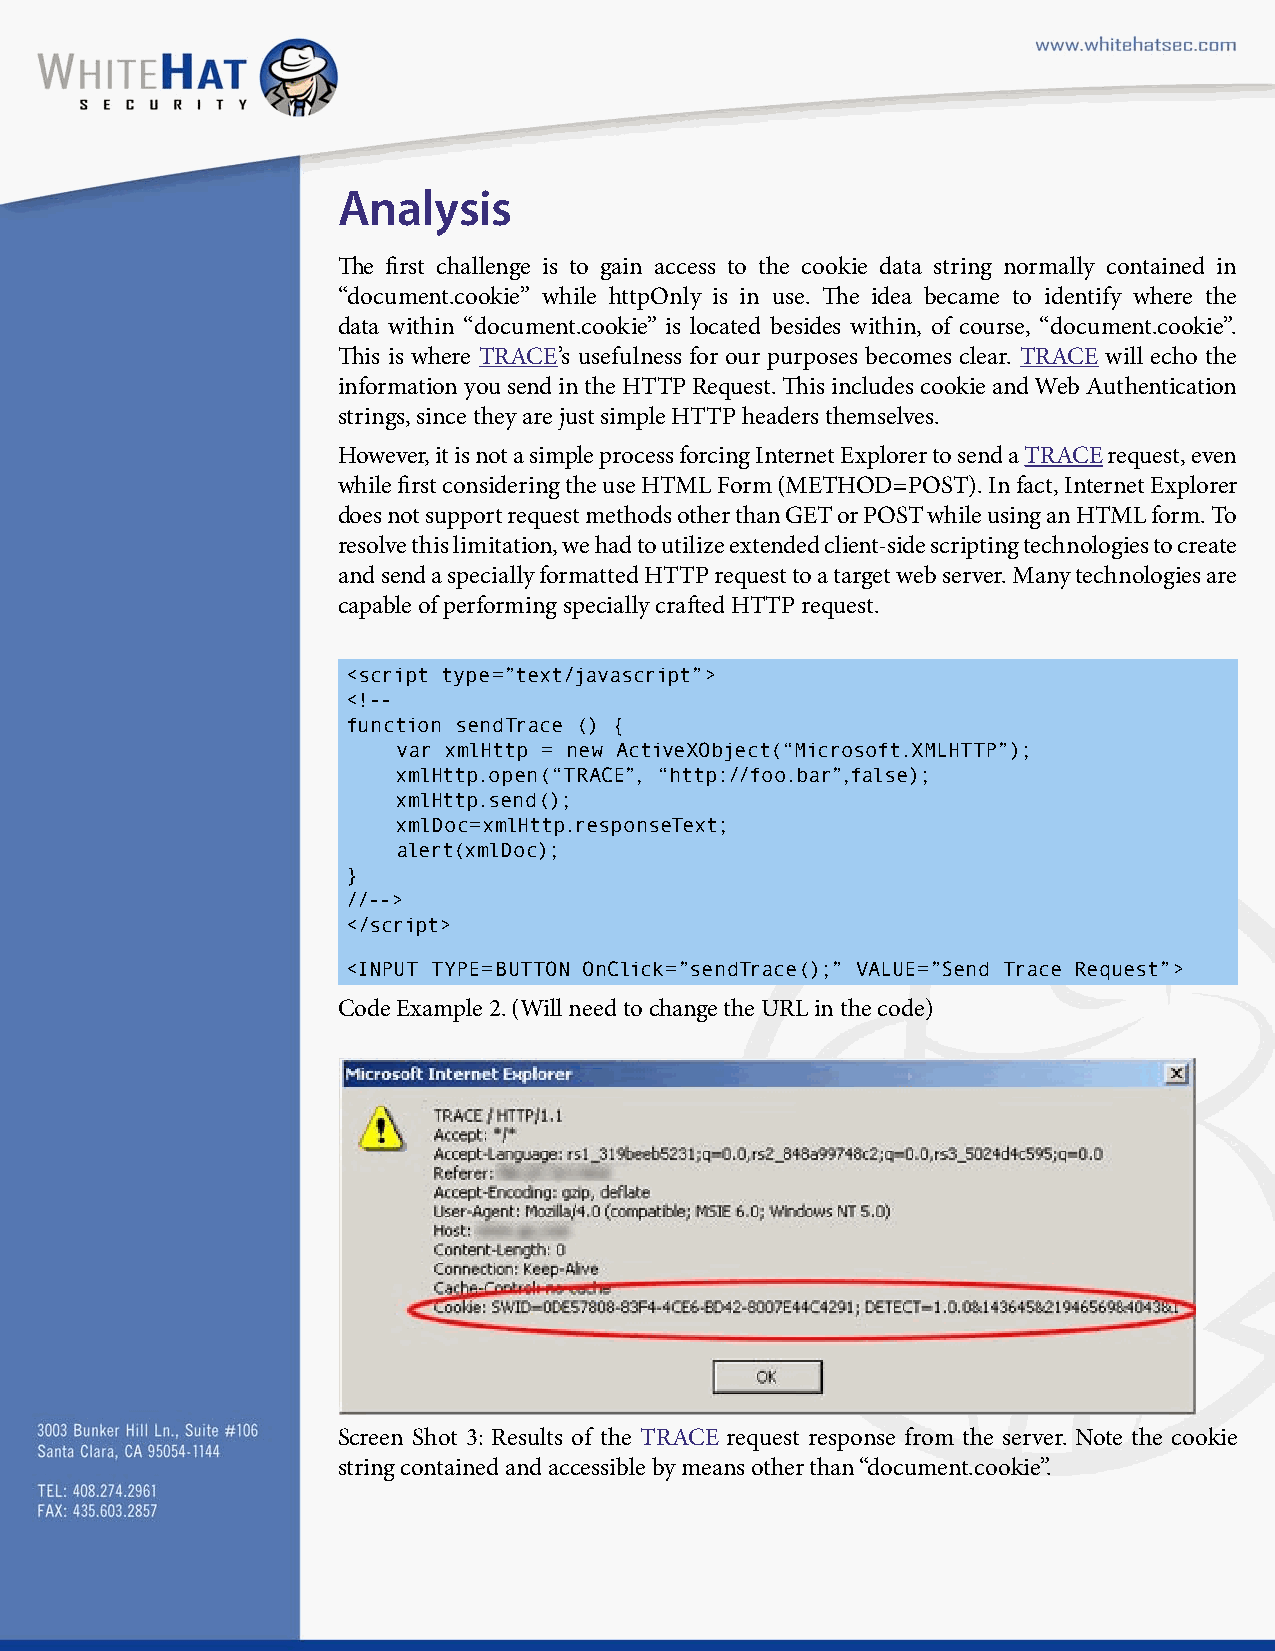
Analysis
 e  first challenge is to gain access to the cookie data string normally contained in
 “document.cookie” while httpOnly is in use. e idea became to identify where the
 data within “document.cookie” is located besides within, of course, “document.cookie”.
 is is where TRACE’s usefulness for our purposes becomes clear. TRACE will echo the
 information you send in the HTTP Request. is includes cookie and Web Authentication
 strings, since they are just simple HTTP headers themselves.
 However, it is not a simple process forcing Internet Explorer to send a TRACE request, even
 while first considering the use HTML Form (METHOD=POST). In fact, Internet Explorer
 does not support request methods other than GET or POST while using an HTML form. To
 resolve this limitation, we had to utilize extended client-side scripting technologies to create
 and send a specially formatted HTTP request to a target web server. Many technologies are
 capable of performing specially craed HTTP request.
 <script type=”text/javascript”>
 <!--
 function sendTrace () {
 var xmlHttp = new ActiveXObject(“Microsoft.XMLHTTP”);
 xmlHttp.open(“TRACE”, “http://foo.bar”,false);
 xmlHttp.send();
 xmlDoc=xmlHttp.responseText;
 alert(xmlDoc);
 }
 //-->
 </script>
 <INPUT TYPE=BUTTON OnClick=”sendTrace();” VALUE=”Send Trace Request”>
 Code Example 2. (Will need to change the URL in the code)
 Screen Shot 3: Results of the TRACE request response from the server. Note the cookie
 string contained and accessible by means other than “document.cookie”.